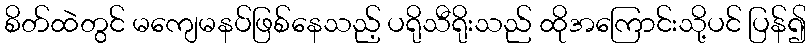
စိတ်ထဲတွင် မကျေမနပ်ဖြစ်နေသည့် ပရိုသီရိုးသည် ထိုအကြောင်းသို့ပင် ပြန်၍